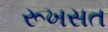
રૂખસત